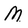
Character: M